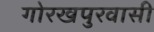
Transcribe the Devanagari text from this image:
गोरखपुरवासी